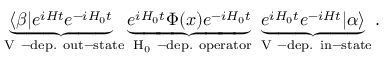
\underbrace { \langle \beta \lvert e ^ { i H t } e ^ { - i H _ { 0 } t } } _ { \mathrm { ~ V ~ - d e p . ~ o u t - s t a t e } } \underbrace { e ^ { i H _ { 0 } t } \Phi ( x ) e ^ { - i H _ { 0 } t } } _ { \mathrm { ~ H _ 0 ~ - d e p . ~ o p e r a t o r } } \underbrace { e ^ { i H _ { 0 } t } e ^ { - i H t } \rvert \alpha \rangle } _ { \mathrm { ~ V ~ - d e p . ~ i n - s t a t e } } .